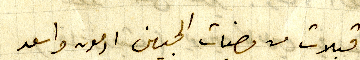
قبلات من وجنات الجبين ادمون واسعد